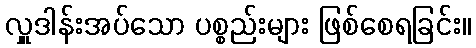
လှူဒါန်းအပ်သော ပစ္စည်းများ ဖြစ်စေရခြင်း။